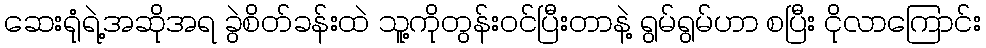
ဆေးရုံရဲ့အဆိုအရ ခွဲစိတ်ခန်းထဲ သူ့ကိုတွန်းဝင်ပြီးတာနဲ့ ရွမ်ရွမ်ဟာ စပြီး ငိုလာကြောင်း